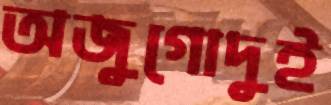
অজুগোদুই